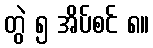
တွဲ ၅ အိပ်စင် ၈။